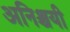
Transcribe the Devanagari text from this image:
अनिश्चयी